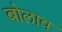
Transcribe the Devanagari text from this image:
बोलाव